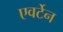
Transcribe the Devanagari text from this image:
एवर्टेन